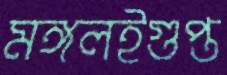
মঙ্গলইগুপ্ত